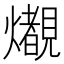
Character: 𤒠